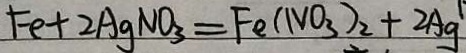
F e + 2 A g N O _ { 3 } = F e ( N O _ { 3 } ) _ { 2 } + 2 A g ^ { 1 \cdot }